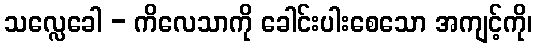
သလ္လေခေါ - ကိလေသာကို ခေါင်းပါးစေသော အကျင့်ကို၊